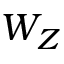
W _ { Z }